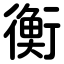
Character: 衡